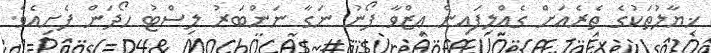
ޚިޔާލުތަކުގެ ތެރެއަށް ގެއްލިފައިން ޢިޒްވާ ފޯނު ނަގާ ނަންބަރު ލިސްޓު ހޯދަން ފެށިއެވެ.